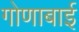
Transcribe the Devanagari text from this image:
गोणाबाई